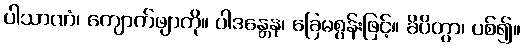
ပါသာဏံ၊ ကျောက်ဖျာကို။ ပါဒန္တေန၊ ခြေမစွန်းဖြင့်။ ခိပိတွာ၊ ပစ်၍။